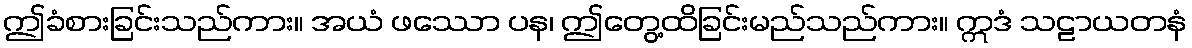
ဤခံစားခြင်းသည်ကား။ အယံ ဖဿော ပန၊ ဤတွေ့ထိခြင်းမည်သည်ကား။ ဣဒံ သဠာယတနံ